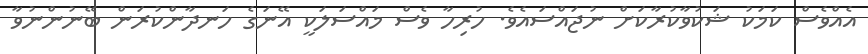
އެއްވެސް ކަމަކު ޝަކުވާކުރާކަށް ނުޖައްސައެވެ. ހުރިހާ ވެސް މައްސަލަކީ އޭނަގެ ހަނދާންކުރަން ބޭނުންނުވާ